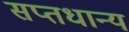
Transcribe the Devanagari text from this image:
सप्तधान्य